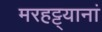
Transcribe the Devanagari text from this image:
मरहट्ट्यानां